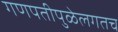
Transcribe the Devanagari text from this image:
गणपतीपुळेलगतच